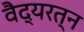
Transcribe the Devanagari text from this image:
वैद्यरत्न